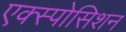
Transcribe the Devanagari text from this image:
एक्स्पोसिशन